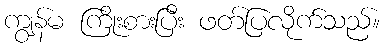
ကျွန်မ ကြိုးစားပြီး ဖတ်ပြလိုက်သည်။